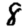
Digit: 8